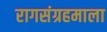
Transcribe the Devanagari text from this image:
रागसंग्रहमाला